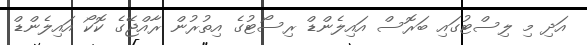
އަދި މި ލިސްޓުގައި ބަރޮސް އައިލެންޑް ރިސޯޓުގެ އިތުރުން ރާއްޖޭގެ ކޮކޯ އައިލެންޑް